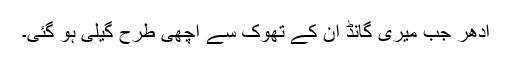
ادھر جب میری گانڈ ان کے تھوک سے اچھی طرح گیلی ہو گئی۔